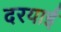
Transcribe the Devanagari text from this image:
दरयाई